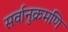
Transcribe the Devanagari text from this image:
सर्वानुक्रमणि